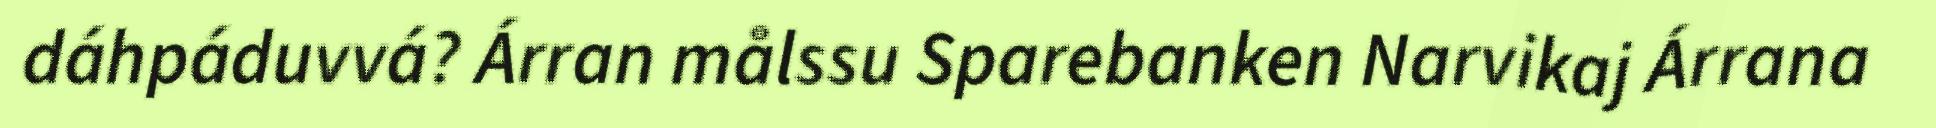
dáhpáduvvá? Árran målssu Sparebanken Narvikaj Árrana